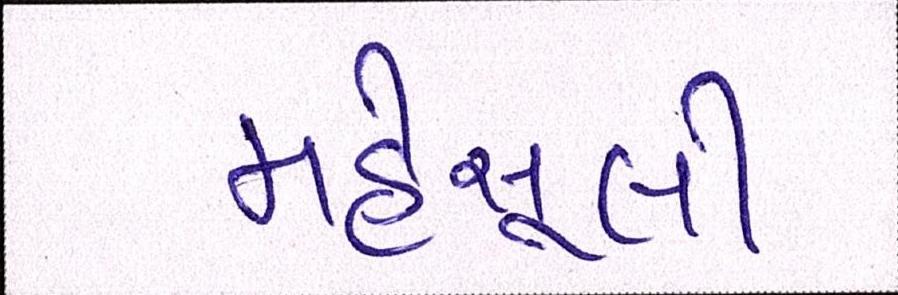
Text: મહેસૂલી